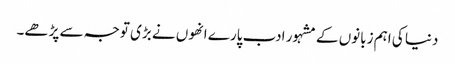
دنیا کی اہم زبانوں کے مشہور ادب پارے انھوں نے بڑی توجہ سے پڑھے۔